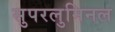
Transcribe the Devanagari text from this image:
सुपरलुमिनल